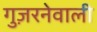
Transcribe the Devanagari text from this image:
गुज़रनेवाली